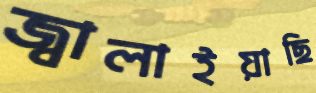
জ্বালাইয়াছি